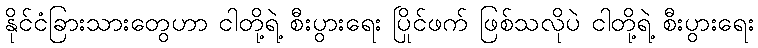
နိုင်ငံခြားသားတွေဟာ ငါတို့ရဲ့ စီးပွားရေး ပြိုင်ဖက် ဖြစ်သလိုပဲ ငါတို့ရဲ့ စီးပွားရေး